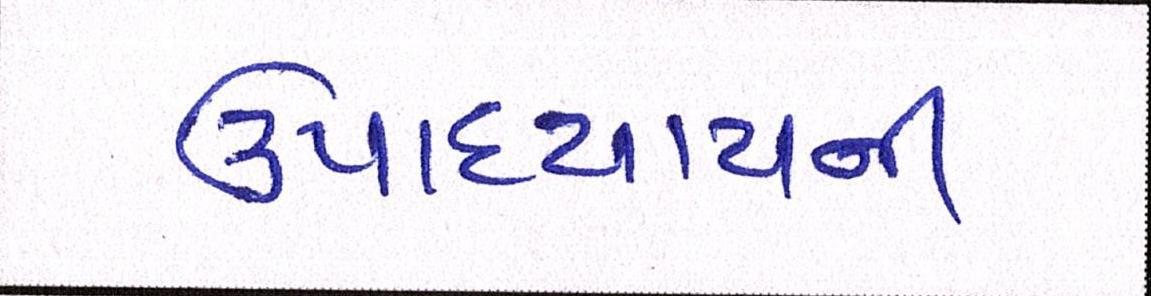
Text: ઉપાધ્યાયની